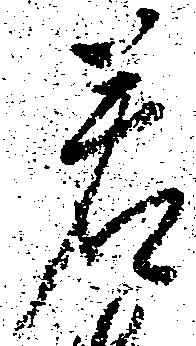
若